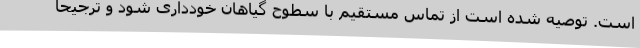
است. توصیه شده است از تماس مستقیم با سطوح گیاهان خودداری شود و ترجیحا